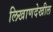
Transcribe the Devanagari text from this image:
लिखाणदेखील